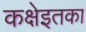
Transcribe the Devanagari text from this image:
कक्षेइतका